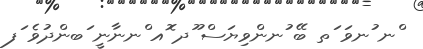
ްނ ުނވަ ަތ ބޭ ުނންވިޔަސް ޫދ ޮއ ްނނާނީ ަބންދުވެ ަފ